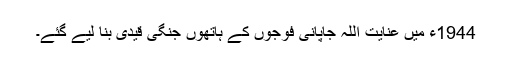
1944ء میں عنایت اللہ جاپانی فوجوں کے ہاتھوں جنگی قیدی بنا لیے گئے۔